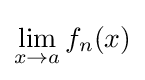
\lim _{x\to a}f_{n}(x)